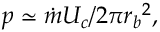
p \simeq { \dot { m } U _ { c } } / 2 \pi { r _ { b } } ^ { 2 } ,